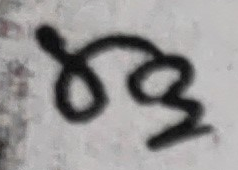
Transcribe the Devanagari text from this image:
३२